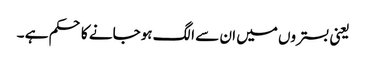
یعنی بستروں میں ان سے الگ ہوجانے کا حکم ہے ۔